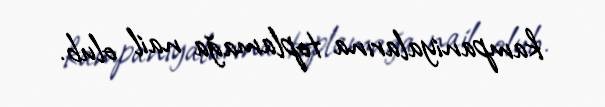
kampaniyalarına toplamağa nail olub.